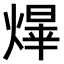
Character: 𤌰